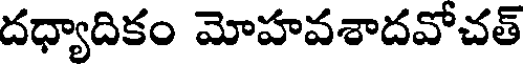
దధ్యాదికం మోహవశాదవోచత్